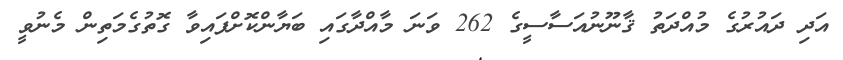
އަދި ދައުރުގެ މުއްދަތު ޤާނޫނުއަސާސީގެ 262 ވަނަ މާއްދާގައި ބަޔާންކޮށްފައިވާ ގޮތުގެމަތިން މެނުވީ